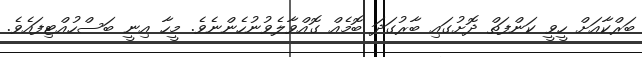
ބަރްކާއަށް ހީވީ ކަންފަތް ދޮށުގައި ބާރުގަދަ ބޮމެއް ގޮއްވާލެވުނުހެންނެވެ. މީހާ އިނީ ބަސްހުއްޓިފައެވެ.